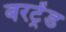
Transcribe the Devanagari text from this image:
बरट्रेंड